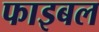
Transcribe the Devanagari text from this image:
फाइबल